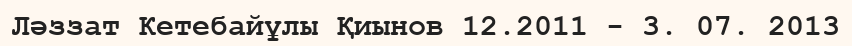
Ләззат Кетебайұлы Қиынов 12.2011 - 3. 07. 2013